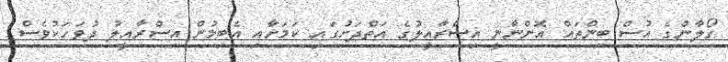
ގޯލާންގެ އުސް ބިންތައް އޮންނާނީ އިސްރާއީލުގެ އަތްދަށުގައި ކަމަށާއި އެބިމުން އިސްރާއީލު ދުވަހަކުވެސް